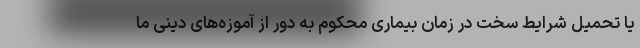
یا تحمیل شرایط سخت در زمان بیماری محکوم به دور از آموزه‌های دینی ما